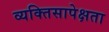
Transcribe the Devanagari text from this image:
व्यक्तिसापेक्षता